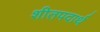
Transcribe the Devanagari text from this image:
शीतपदार्थ